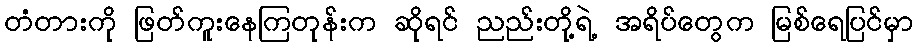
တံတားကို ဖြတ်ကူးနေကြတုန်းက ဆိုရင် ညည်းတို့ရဲ့ အရိပ်တွေက မြစ်ရေပြင်မှာ